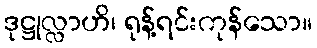
ဒုဋ္ဌုလ္လာဟိ၊ ရုန့်ရင်းကုန်သော။